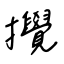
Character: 攪